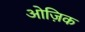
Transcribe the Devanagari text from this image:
ओज़िक